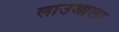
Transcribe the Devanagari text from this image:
लाउआला